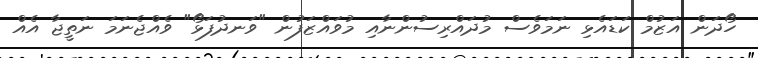
ހޯދަން އަޒުމް ކަޑައެޅި ނަމަވެސް މުދައްރިސުންނާއި މުވައްޒަފުން "ވަނދުފަޅޯ" ވެއްޖެނަމަ ނަތީޖާ އެއް